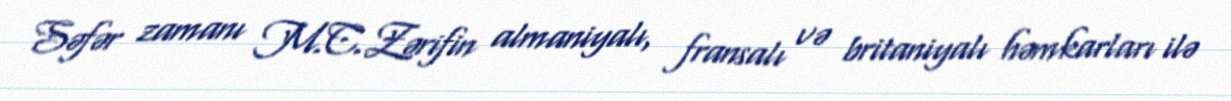
Səfər zamanı M.C.Zərifin almaniyalı, fransalı və britaniyalı həmkarları ilə